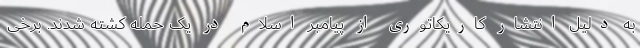
به دلیل انتشار کاریکاتوری از پیامبر اسلام در یک حمله کشته شدند. برخی